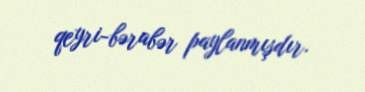
qeyri-bərabər paylanmışdır.